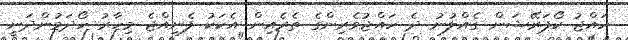
ހައްޖު ކޯޕަރޭޝަން ގެއްލުނު ދެ ހައްޖުވެރިންގެ ތެރެއިން އެކަކު ފެނިއްޖެ މިހާރު ހޯދަމުންދަނީ